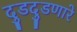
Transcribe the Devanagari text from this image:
दुडदुडणारे